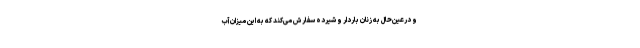
و درعین‌حال به زنان باردار و شیرده سفارش می‌کند که به این میزان آب